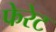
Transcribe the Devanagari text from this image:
फेरेट